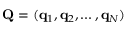
\mathbf { Q } = ( \mathbf { q } _ { 1 } , \mathbf { q } _ { 2 } , \ldots , \mathbf { q } _ { N } )